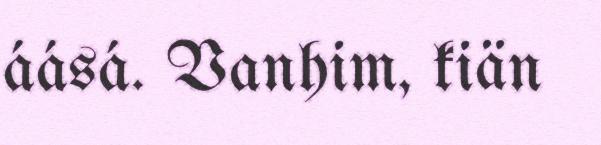
áásá. Vanhim, kiän